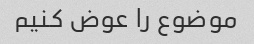
موضوع را عوض کنیم